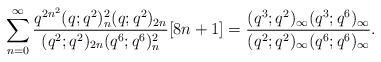
LaTeX: \begin{align*}\sum_{n=0}^{\infty}\frac{q^{2n^2}(q;q^2)_n^2 (q;q^2)_{2n}}{(q^2;q^2)_{2n}(q^6;q^6)_n^2 }[8n+1]=\frac{(q^3;q^2)_\infty (q^3;q^6)_\infty }{(q^2;q^2)_\infty (q^6;q^6)_\infty}.\end{align*}